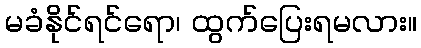
မခံနိုင်ရင်ရော၊ ထွက်ပြေးရမလား။